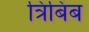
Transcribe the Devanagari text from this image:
त्रिबिंब